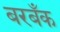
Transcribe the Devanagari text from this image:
बरबँक